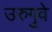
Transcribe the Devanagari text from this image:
उरुगुवे